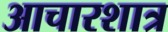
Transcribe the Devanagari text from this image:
आचारशात्र